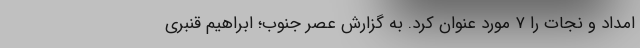
امداد و نجات را ۷ مورد عنوان کرد. به گزارش عصر جنوب؛ ابراهیم قنبری